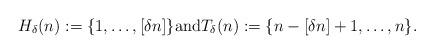
LaTeX: \begin{align*}H_{\delta}(n) := \{1, \dots,[\delta n]\}\mbox{and}T_{\delta}(n) := \{n-[\delta n]+1, \dots,n\}.\end{align*}